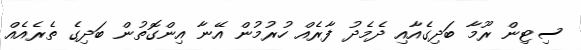
ސިޓިން ރޫމާ ބަދިގެއާއި ދެމެދު ފާރެއް ހުރުމުން އޭނާ އިންގޮތުން ބަދިގެ ތެރެއެއް